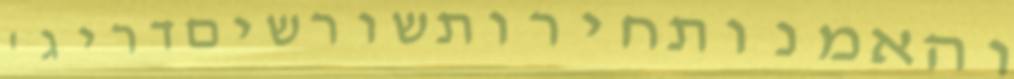
והאמנותחירותשורשיםדריג'